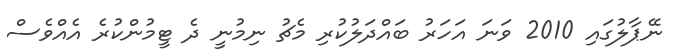
ނޭޕާލުގައި 2010 ވަނަ އަހަރު ބައްދަލުކުރި މެޗު ނިމުނީ ދެ ޓީމުންކުރެ އެއްވެސް